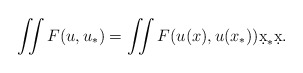
\begin{align*}\iint F(u,u_*) = \iint F(u(x),u(x_*)) \d x_* \d x.\end{align*}